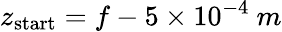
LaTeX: z_{\mathrm{start}}=f-5\times 10^{-4}~m